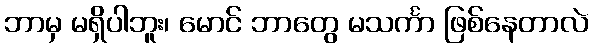
ဘာမှ မရှိပါဘူး၊ မောင် ဘာတွေ မသင်္ကာ ဖြစ်နေတာလဲ